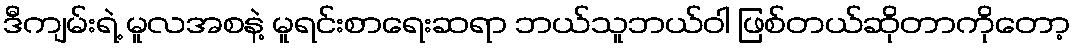
ဒီကျမ်းရဲ့ မူလအစနဲ့ မူရင်းစာရေးဆရာ ဘယ်သူဘယ်ဝါ ဖြစ်တယ်ဆိုတာကိုတော့